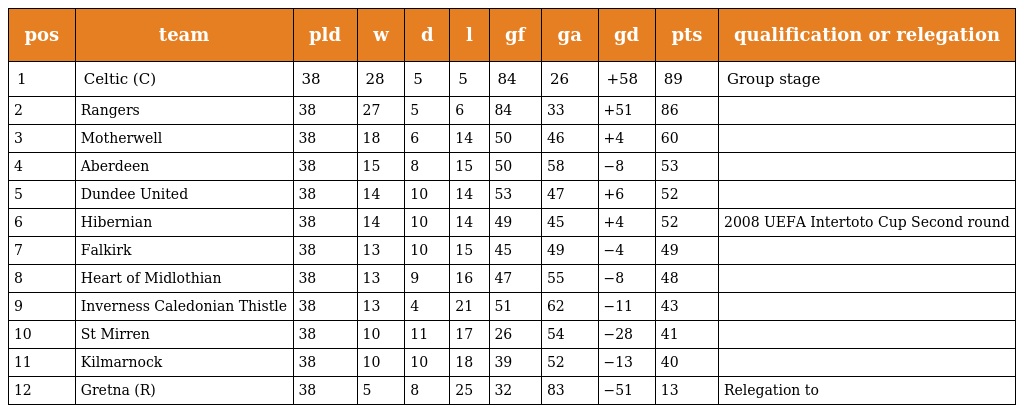
| pos | team | pld | w | d | l | gf | ga | gd | pts | qualification or relegation |
 | --- | --- | --- | --- | --- | --- | --- | --- | --- | --- | --- |
 | 1 | Celtic (C) | 38 | 28 | 5 | 5 | 84 | 26 | +58 | 89 | Group stage |
 | 2 | Rangers | 38 | 27 | 5 | 6 | 84 | 33 | +51 | 86 |  |
 | 3 | Motherwell | 38 | 18 | 6 | 14 | 50 | 46 | +4 | 60 |  |
 | 4 | Aberdeen | 38 | 15 | 8 | 15 | 50 | 58 | −8 | 53 |  |
 | 5 | Dundee United | 38 | 14 | 10 | 14 | 53 | 47 | +6 | 52 |  |
 | 6 | Hibernian | 38 | 14 | 10 | 14 | 49 | 45 | +4 | 52 | 2008 UEFA Intertoto Cup Second round |
 | 7 | Falkirk | 38 | 13 | 10 | 15 | 45 | 49 | −4 | 49 |  |
 | 8 | Heart of Midlothian | 38 | 13 | 9 | 16 | 47 | 55 | −8 | 48 |  |
 | 9 | Inverness Caledonian Thistle | 38 | 13 | 4 | 21 | 51 | 62 | −11 | 43 |  |
 | 10 | St Mirren | 38 | 10 | 11 | 17 | 26 | 54 | −28 | 41 |  |
 | 11 | Kilmarnock | 38 | 10 | 10 | 18 | 39 | 52 | −13 | 40 |  |
 | 12 | Gretna (R) | 38 | 5 | 8 | 25 | 32 | 83 | −51 | 13 | Relegation to |